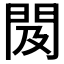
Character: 𨳛